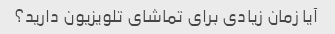
آیا زمان زیادی برای تماشای تلویزیون دارید؟